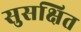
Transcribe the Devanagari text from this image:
सुसक्षित